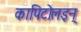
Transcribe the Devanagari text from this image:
कापिटोलइन्